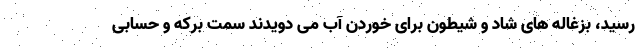
رسید، بزغاله های شاد و شیطون برای خوردن آب می دویدند سمت برکه و حسابی